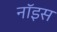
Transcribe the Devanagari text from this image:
नॉइस